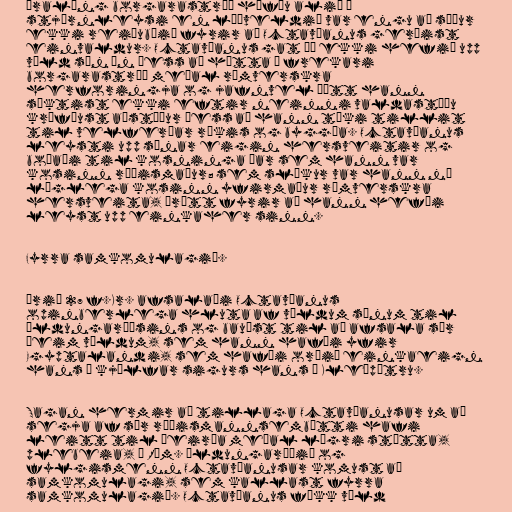
Áralöng borgarastríð höfðu alið á
stjórnleysi en lýðveldið var engu að síður
ekki reiðubúið fyrir að Octavíanus gerðist
einvaldur. Octavíanus gat þó ekki hefið upp
völd sín án þess að hætta á frekari
borgarastríð meðal rómverskra
herforingja og jafnvel þótt hann
sæktist ekki eftir neinni valdastöðu
kröfðust aðstæður þess að hann tæki tillit
til velferðar ríkis og byggða. Octavíanus
leysti upp sínar eigin hersveitir og
boðaði til kosninga þar sem hann var
kosinn ræðismaður; sem slíkur var hann nú
löglega kosinn yfirmaður rómverskra
hersveita, þrátt fyrir að hann hefði
leyst upp einkaher sinn.

Fyrra samkomulagið.

Árið 27 f.Kr. afsalaði Octavíanus
opinberlega hluta af völdum sínum til
öldungaráðsins og bauðst til að afsala sér
þeim völdum, sem hann hafði yfir
Egyptalandi, sem hafði orðið einkaeign
hans í kjölfar sigurs hans á Kleópötru.

Sagan hermir að tillaga Octavíanusar um að
segja af sér ræðismannsembætti hafi
leitt til óeirða meðal lægri stétta,
plebeia, í Róm. Öldungaráðið og
fylgismenn Octavíanusar komust að
samkomulagi, sem kallast fyrra
samkomulagið. Octavíanus fékk völd